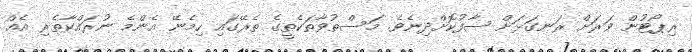
ރިޕޯޓުން ވަރަށް ރަނގަޅަށް ސާފުކޮށްދިނެވެ. މަސްތުވާތަކެތީގެ ތެރޭގައި ހިމެނޭ އެންމެ ނުރައްކާތެރި އެއް